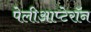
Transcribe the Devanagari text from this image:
पेलीआप्टेरॉन